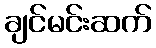
ချင်မင်းဆက်